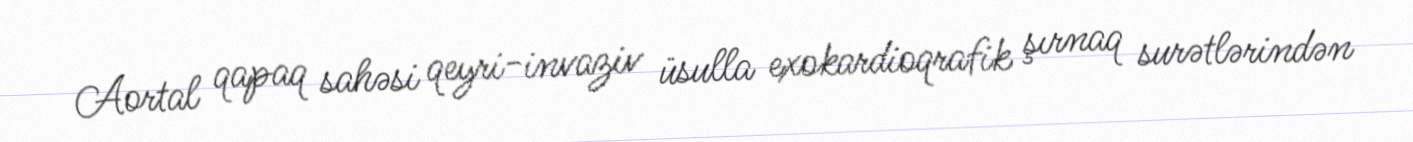
Aortal qapaq sahəsi qeyri-invaziv üsulla exokardioqrafik şırnaq surətlərindən